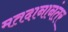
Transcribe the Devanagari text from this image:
मतदानानंतर